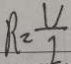
R = \frac { U } { I }